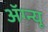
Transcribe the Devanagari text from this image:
अॅग्न्यू